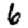
Digit: 6